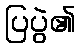
ပြပွဲ၏